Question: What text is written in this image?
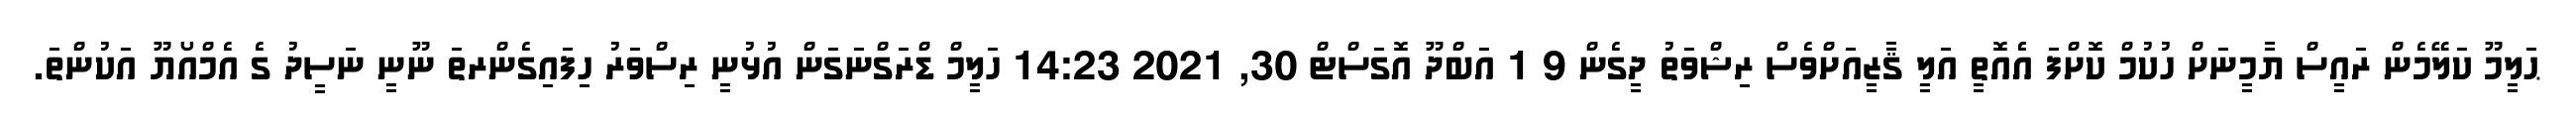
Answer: ޙަލީމޫ ކަލޭމެން ރައީސް ޔާމީނަށް ހުކުމް ކޮށްފަ އެެއޮތީ އަލީ ޤާޒީއަށްވެސް ރިޝްވަތު ދީގެން 9 1 އަބްދޫ އޮގަސްޓް 30, 2021 14:23 ހަލީމް ޑްރަގްނަގަން އުޅުނީ ރިސްވަރު ހިފައިގެންރތަ ނޫނީ ނަސީދު ގެ އެމްއޯޔޫ އަކުންތަ.